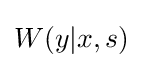
\textstyle W(y|x,s)